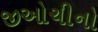
જીઓચીનો